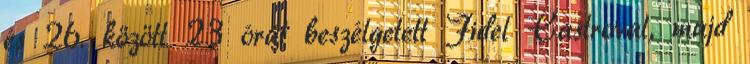
és 26. között 23 órát beszélgetett Fidel Castroval, majd